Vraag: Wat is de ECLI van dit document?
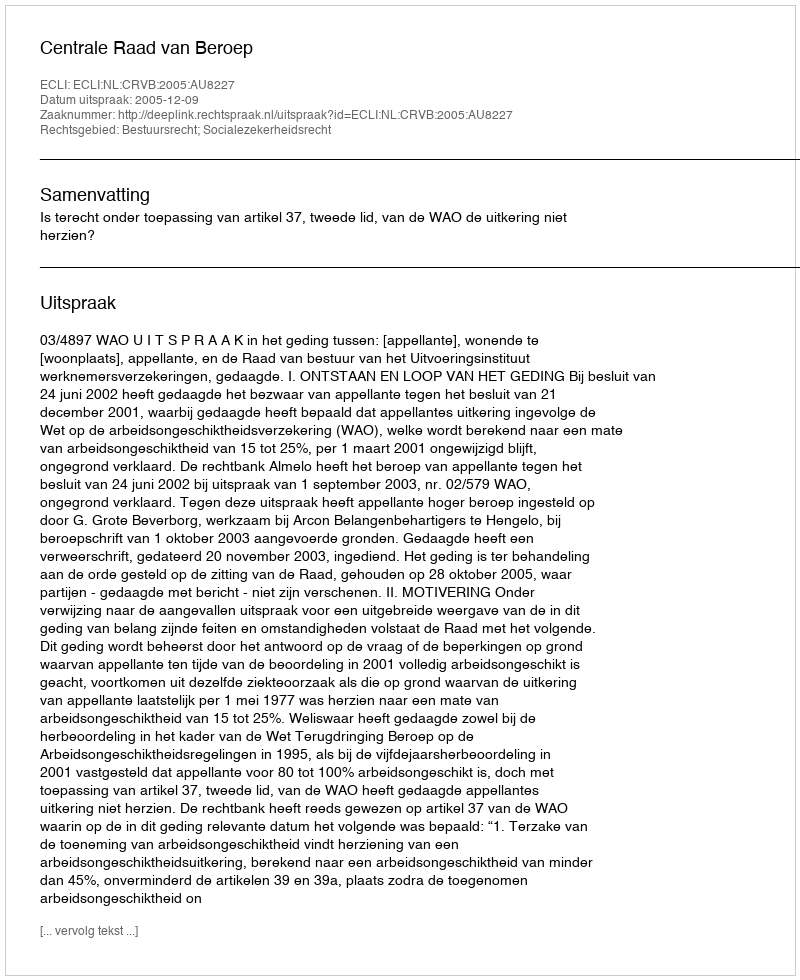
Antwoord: ECLI:NL:CRVB:2005:AU8227